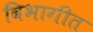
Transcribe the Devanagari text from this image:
विभागीत